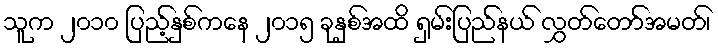
သူက ၂၀၁၀ ပြည့်နှစ်ကနေ ၂၀၁၅ ခုနှစ်အထိ ရှမ်းပြည်နယ် လွှတ်တော်အမတ်၊